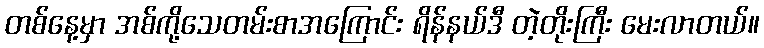
တစ်နေ့မှာ အစ်ကို့သေတမ်းစာအကြောင်း ရိန်နယ်ဒီ တဲ့တိုးကြီး မေးလာတယ်။